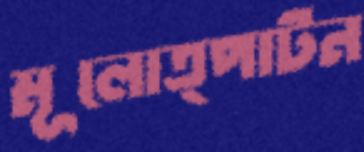
মূলোত্পাটন